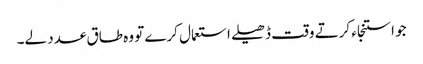
جو استنجاء کرتے وقت ڈھیلے استعمال کرے تو وہ طاق عدد لے۔